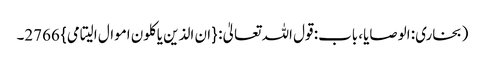
(بخاری: الوصایا، باب: قول اللہ تعالیٰ: {ان الذین یاکلون اموال الیتامی} 2766۔